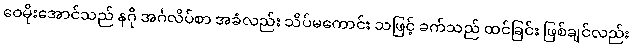
ဝေမိုးအောင်သည် နဂို အင်္ဂလိပ်စာ အခံလည်း သိပ်မကောင်း သဖြင့် ခက်သည် ထင်ခြင်း ဖြစ်ချင်လည်း